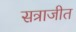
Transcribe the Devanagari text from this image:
सत्राजीत